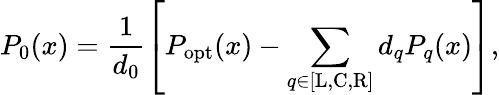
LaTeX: P_{0}(x)=\frac{1}{d_{0}}\left[P_{\mathrm{opt}}(x)-\sum_{q\in[\mathrm{L,C,R}]}d_{q}P_{q}(x)\right],